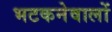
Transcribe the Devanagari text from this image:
भटकनेवालों